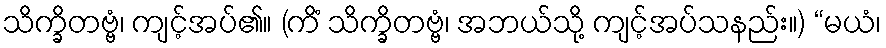
သိက္ခိတဗ္ဗံ၊ ကျင့်အပ်၏။ (ကိံ သိက္ခိတဗ္ဗံ၊ အဘယ်သို့ ကျင့်အပ်သနည်း။) “မယံ၊